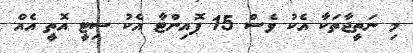
މި ނަތީޖާތަކާ އެކު ވެސް 15 ޕޮއިންޓާ އެކު ސިޓީ އޮތީ އެއް